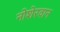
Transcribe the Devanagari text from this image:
नोशेरवान